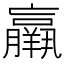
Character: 𦏞